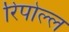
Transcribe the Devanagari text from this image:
रिपोल्ल